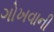
ગોખવાની